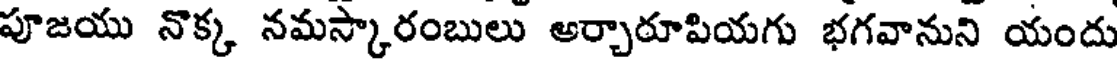
పూజయు నొక్క నమస్కారంబులు ఆర్చారూపియగు భగవానుని యందు